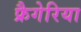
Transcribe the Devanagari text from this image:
फ्रैगेरिया